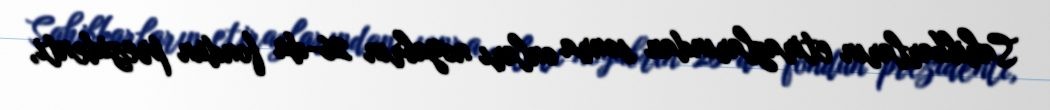
Sahibkarların etirazlarından sonra onları noyabrın 26-da fondun prezidenti,